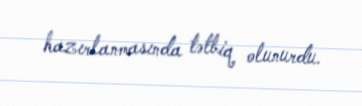
hazırlanmasında tətbiq olunurdu.